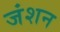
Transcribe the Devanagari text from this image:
जंशन